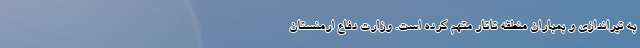
به تیراندازی و بمباران منطقه تاتار متهم کرده است. وزارت دفاع ارمنستان